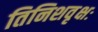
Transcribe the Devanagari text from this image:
तिनिशवृक्षः